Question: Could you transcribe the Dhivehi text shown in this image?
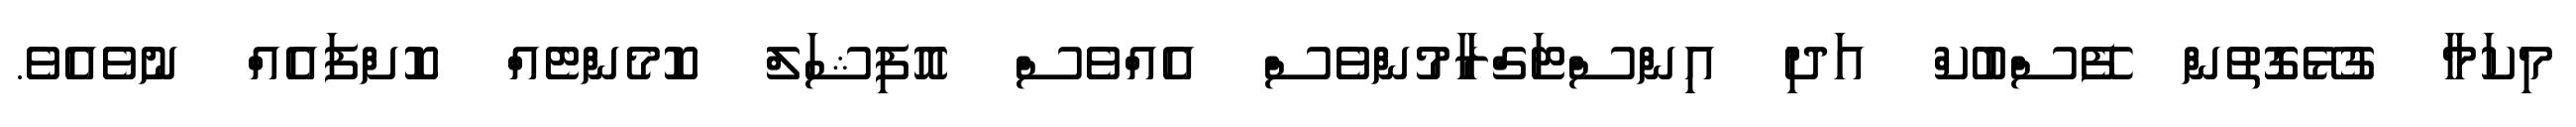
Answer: މިކަމާ ގުޅޭގޮތުން ފޭސްބުކް އަދި އިންސްޓަގްރާމުންވެސް އެއްވެސް އޮފިޝަލް ކޮމެންޓެއް ކޮށްފައެއް ނުވެއެވެ.